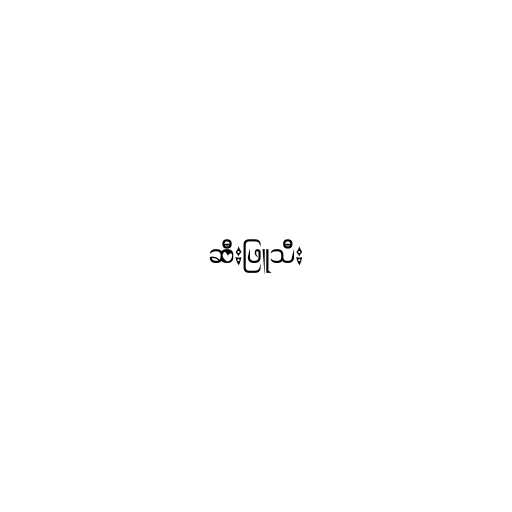
ဆီးဖြူသီး